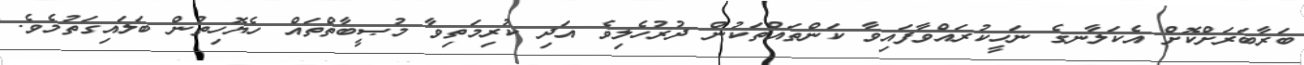
ބަރާބަރަށްކޮށް އެކަލާނގެ ނަހީކުރައްވާފައިވާ ކަންތައްތަކުން ދުރުހެލިވެ އަދި ކުރިމަތިވާ މުޞީބާތްތައް ހެޔޮހިތުން ބަލައިގަތުމެވެ.